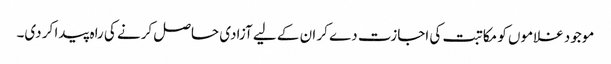
موجود غلاموں کو مکاتبت کی اجازت دے کر ان کے لیے آزادی حاصل کرنے کی راہ پیدا کر دی۔